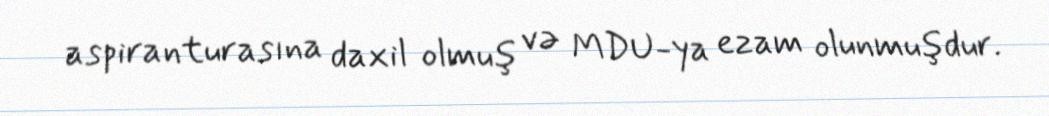
aspiranturasına daxil olmuş və MDU-ya ezam olunmuşdur.